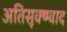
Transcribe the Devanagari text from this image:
अतिसूक्ष्म्वाद